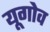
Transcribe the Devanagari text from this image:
यूगोव